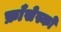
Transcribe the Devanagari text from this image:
फ्राँसेस्को